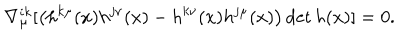
\nabla _ { \mu } ^ { i k } [ \left( h ^ { k \mu } ( x ) h ^ { j \nu } ( x ) - h ^ { k \nu } ( x ) h ^ { j \mu } ( x ) \right) \det h ( x ) ] = 0 .